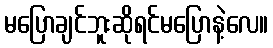
မပြောချင်ဘူးဆိုရင်မပြောနဲ့လေ။